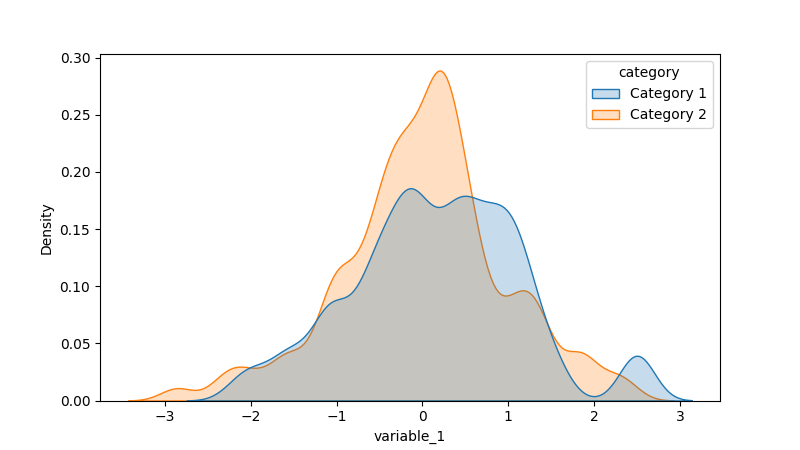
python, seaborn, kdeplot, hue='category', fill=True, bw_adjust=0.5